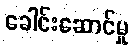
ခေါင်းဆောင်မှု